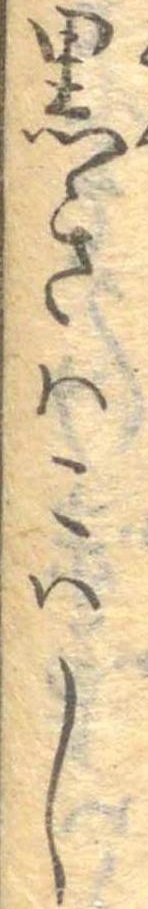
黒きはこはし